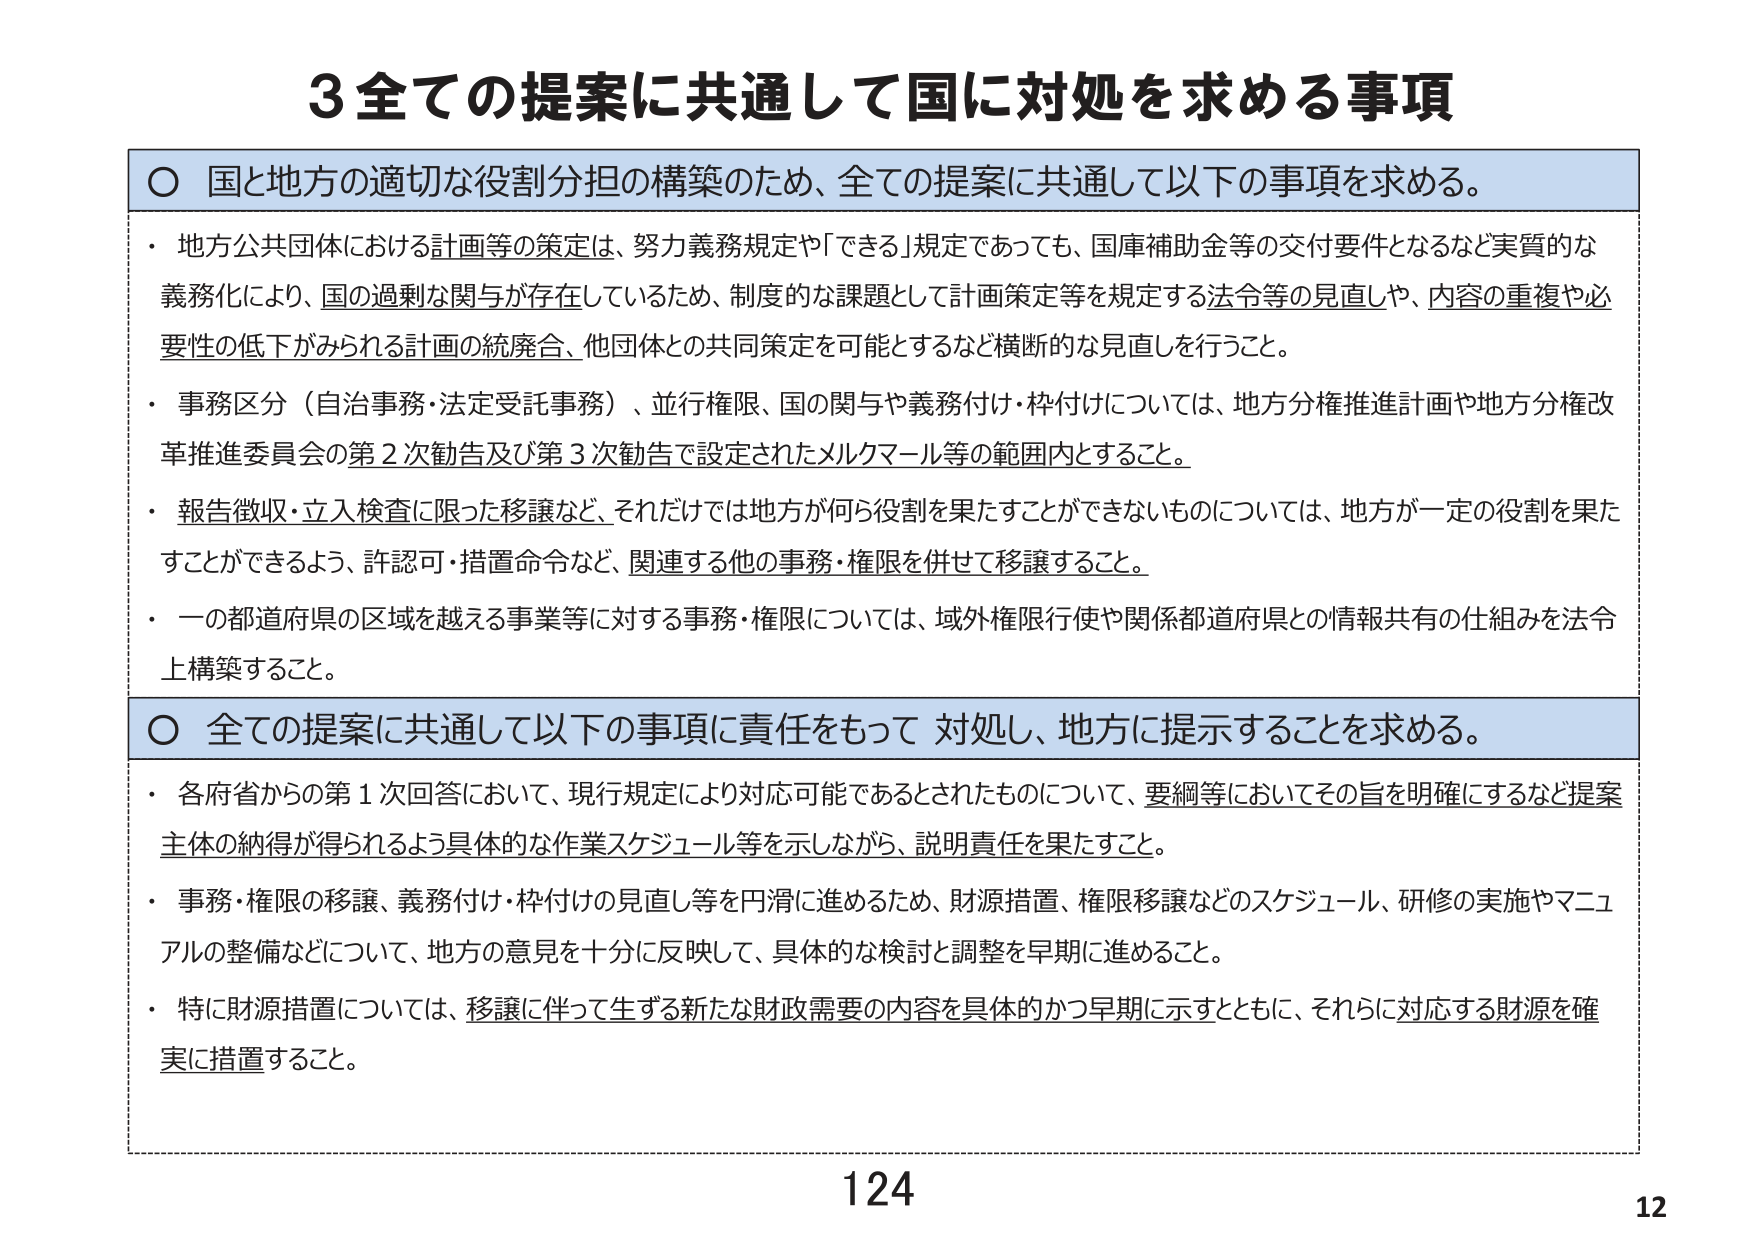
3 全ての提案に共通して国に対処を求める事項

○ 国と地方の適切な役割分担の構築のため、全ての提案に共通して以下の事項を求める。

・ 地方公共団体における計画等の策定は、努力義務規定や「できる」規定であっても、国庫補助金等の交付要件となるなど実質的な義務化により、国の過剰な関与が存在しているため、制度的な課題として計画策定等を規定する法令等の見直しや、内容の重複や必要性の低下がみられる計画の統廃合、他団体との共同策定を可能とするなど横断的な見直しを行うこと。

・ 事務区分（自治事務・法定受託事務）、並行権限、国の関与や義務付け・枠付けについては、地方分権推進計画や地方分権改革推進委員会の第2次勧告及び第3次勧告で設定されたメルクマール等の範囲内とすること。

・ 報告徴収・立入検査に限った移譲など、それだけでは地方が何ら役割を果たすことができないものについては、地方が一定の役割を果たすことができるよう、許認可・措置命令など、関連する他の事務・権限を併せて移譲すること。

・ 一の都道府県の区域を越える事業等に対する事務・権限については、域外権限行使や関係都道府県との情報共有の仕組みを法令上構築すること。

○ 全ての提案に共通して以下の事項に責任をもって対処し、地方に提示することを求める。

・ 各府省からの第1次回答において、現行規定により対応可能であるとされたものについて、要綱等においてその旨を明確にするなど提案主体の納得が得られるよう具体的な作業スケジュール等を示しながら、説明責任を果たすこと。

・ 事務・権限の移譲、義務付け・枠付けの見直し等を円滑に進めるため、財源措置、権限移譲などのスケジュール、研修の実施やマニュアルの整備などについて、地方の意見を十分に反映して、具体的な検討と調整を早期に進めること。

・ 特に財源措置については、移譲に伴って生ずる新たな財政需要の内容を具体的かつ早期に示すとともに、それらに対応する財源を確実に措置すること。

124
12